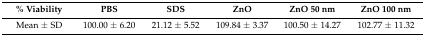
| % Viability | PBS | SDS | ZnO | ZnO 50 nm | ZnO 100 nm |
 | --- | --- | --- | --- | --- | --- |
 | Mean ± SD | 100.00 ± 6.20 | 21.12 ± 5.52 | 109.84 ± 3.37 | 100.50 ± 14.27 | 102.77 ± 11.32 |